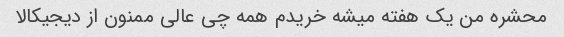
محشره من یک هفته میشه خریدم همه چی عالی ممنون از دیجیکالا